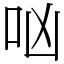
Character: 㕳